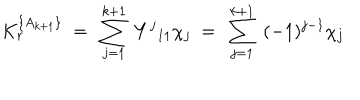
K _ { r } ^ { \{ A _ { k + 1 } \} } \ = \ \sum _ { j = 1 } ^ { k + 1 } \ { { Y } ^ { j } } _ { 1 1 } \chi _ { j } \ = \ \sum _ { j = 1 } ^ { k + 1 } \ ( - 1 ) ^ { j - 1 } \chi _ { j }